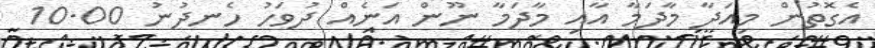
އެގޮތުން މިއަދާ މާދަމާ އާއި މާދަމާ ނޫން އަނެއް ދުވަހު ހެނދުނު 10.00